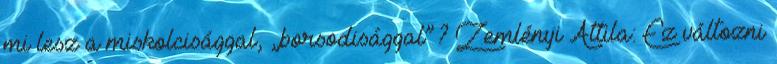
mi lesz a miskolcisággal, „borsodisággal”? Zemlényi Attila: Ez változni